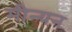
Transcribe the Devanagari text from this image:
मीन्यन